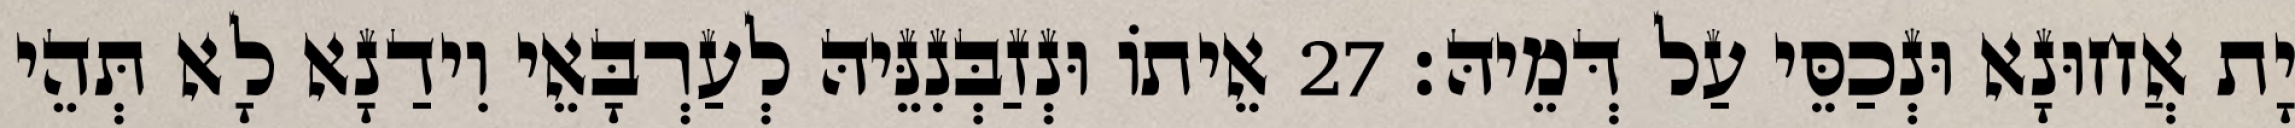
יָת אֲחוּנָא וּנְכַסֵּי עַל דְּמֵיהּ׃ 27 אֵיתוֹ וּנְזַבְּנִנֵּיהּ לְעַרְבָּאֵי וִידַנָא לָא תְּהֵי